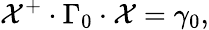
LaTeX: {\cal X}^{+}\cdot\Gamma_{0}\cdot{\cal X}=\gamma_{0},